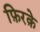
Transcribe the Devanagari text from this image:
फ़िरक़े